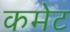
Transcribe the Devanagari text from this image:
कमेट